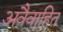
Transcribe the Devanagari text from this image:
अवैवाहित